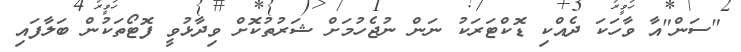
"ސަން"އާ ވާހަކަ ދެއްކި ޑޮކްޓަރަކު ނަން ނުޖެހުމަށް ޝަރުތުކޮށް ވިދާޅުވީ ފޮޓޯތަކުން ބަލާފައި